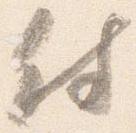
付